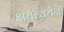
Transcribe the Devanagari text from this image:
क्षयव्ययेन